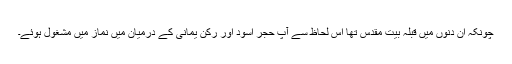
چونکہ ان دنوں میں قبلہ بیت مقدس تھا اس لحاظ سے آپؐ حجر اسود اور رکن یمانی کے درمیان میں نماز میں مشغول ہوئے۔